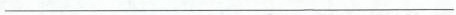
___